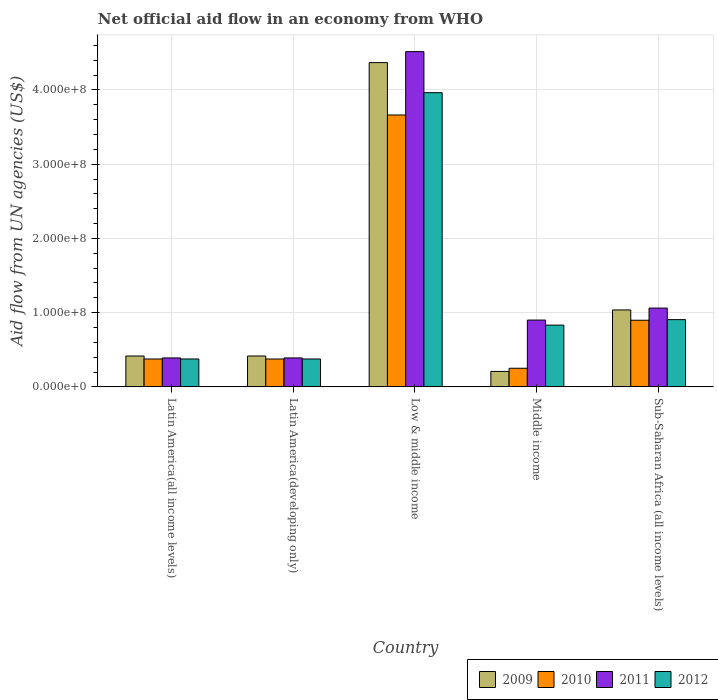
| Country | 2009 | 2010 | 2011 | 2012 |
 | --- | --- | --- | --- | --- |
 | Latin America(all income levels) | 4.16e+07 | 3.76e+07 | 3.9e+07 | 3.76e+07 |
 | Latin America(developing only) | 4.16e+07 | 3.76e+07 | 3.9e+07 | 3.76e+07 |
 | Low & middle income | 4.37e+08 | 3.66e+08 | 4.52e+08 | 3.96e+08 |
 | Middle income | 2.08e+07 | 2.51e+07 | 9e+07 | 8.32e+07 |
 | Sub-Saharan Africa (all income levels) | 1.04e+08 | 8.98e+07 | 1.06e+08 | 9.06e+07 |